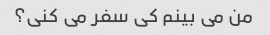
من می بینم کی سفر می کنی؟